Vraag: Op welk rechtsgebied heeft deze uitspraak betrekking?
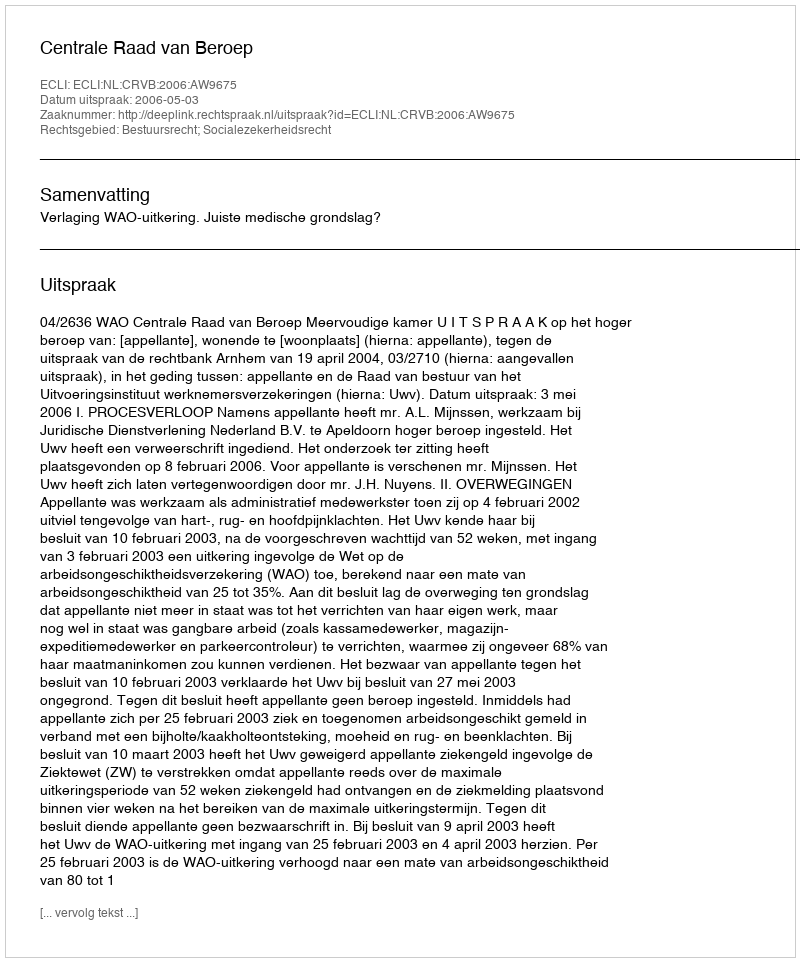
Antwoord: Bestuursrecht; Socialezekerheidsrecht